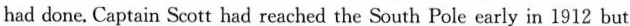
had done. Captain Scott had reached the South Pole early in 1912 but